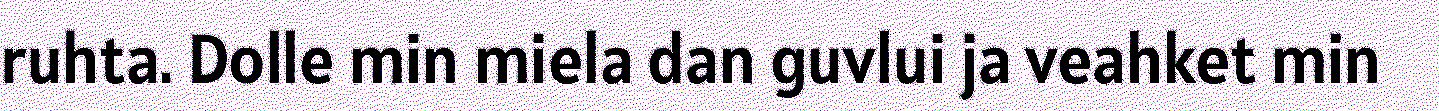
ruhta. Dolle min miela dan guvlui ja veahket min